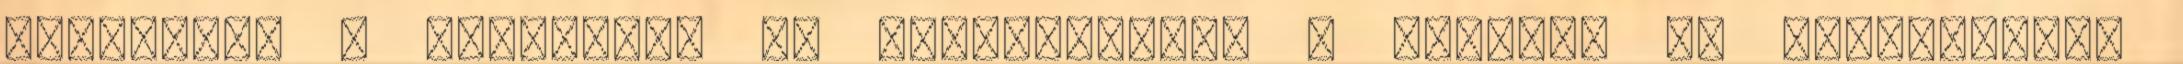
bekötőút, a Nagyrécse és Nagykanizsa, a Kilimán és Zalaszabar,